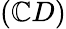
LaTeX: (\mathbb{C}D)